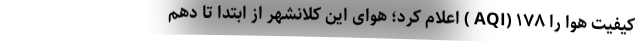
کیفیت هوا را ۱۷۸ (AQI ) اعلام کرد؛ هوای این کلانشهر از ابتدا تا دهم